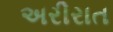
અરીરાત